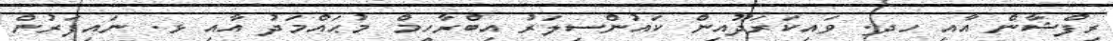
ރިފްޝާން އާއި ހދ. ވައިކަރަދޫއިން ކައުންސިލަރު އިބްރާހީމް މުޙައްމަދު އާއި ޅ. ނައިފަރުން